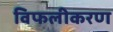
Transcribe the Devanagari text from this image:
विफलीकरण